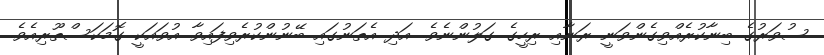
ސުވަރުގެ ބިނާކުރެއްވިގެންވަނީ ރަނާއި ރިހީގެ ގަލުންނެވެ. އަދި އެތަނުގައި ބޭނުންކުރެވިފައިވާ އުވައަކީ ގޮމަކަސްތޫރިއެވެ.